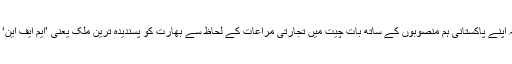
وائس آف امریکہ سے گفتگو کرتے ہوئے اُنھوں نے اُمید ظاہر کی کہ اپنے پاکستانی ہم منصوبوں کے ساتھ بات چیت میں تجارتی مراعات کے لحاظ سے بھارت کو پسندیدہ ترین ملک یعنی ’ایم ایف این‘ کا درجہ دینے کے بارے میں تحفظات دور کرنے میں مدد ملے گی۔